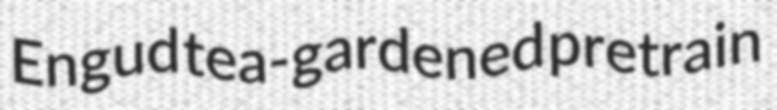
Engud tea-gardened pretrain